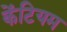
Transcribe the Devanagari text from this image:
केंटियम